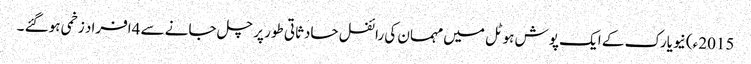
2015ء) نیویارک کے ایک پوش ہوٹل میں مہمان کی رائفل حادثاتی طور پر چل جانے سے 4افراد زخمی ہوگئے ۔